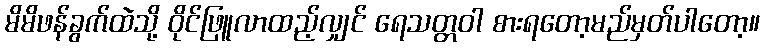
မိမိဖန်ခွက်ထဲသို့ ဝိုင်ဖြူလာထည့်လျှင် ရေသတ္တဝါ စားရတော့မည်မှတ်ပါတော့။